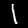
Digit: 1